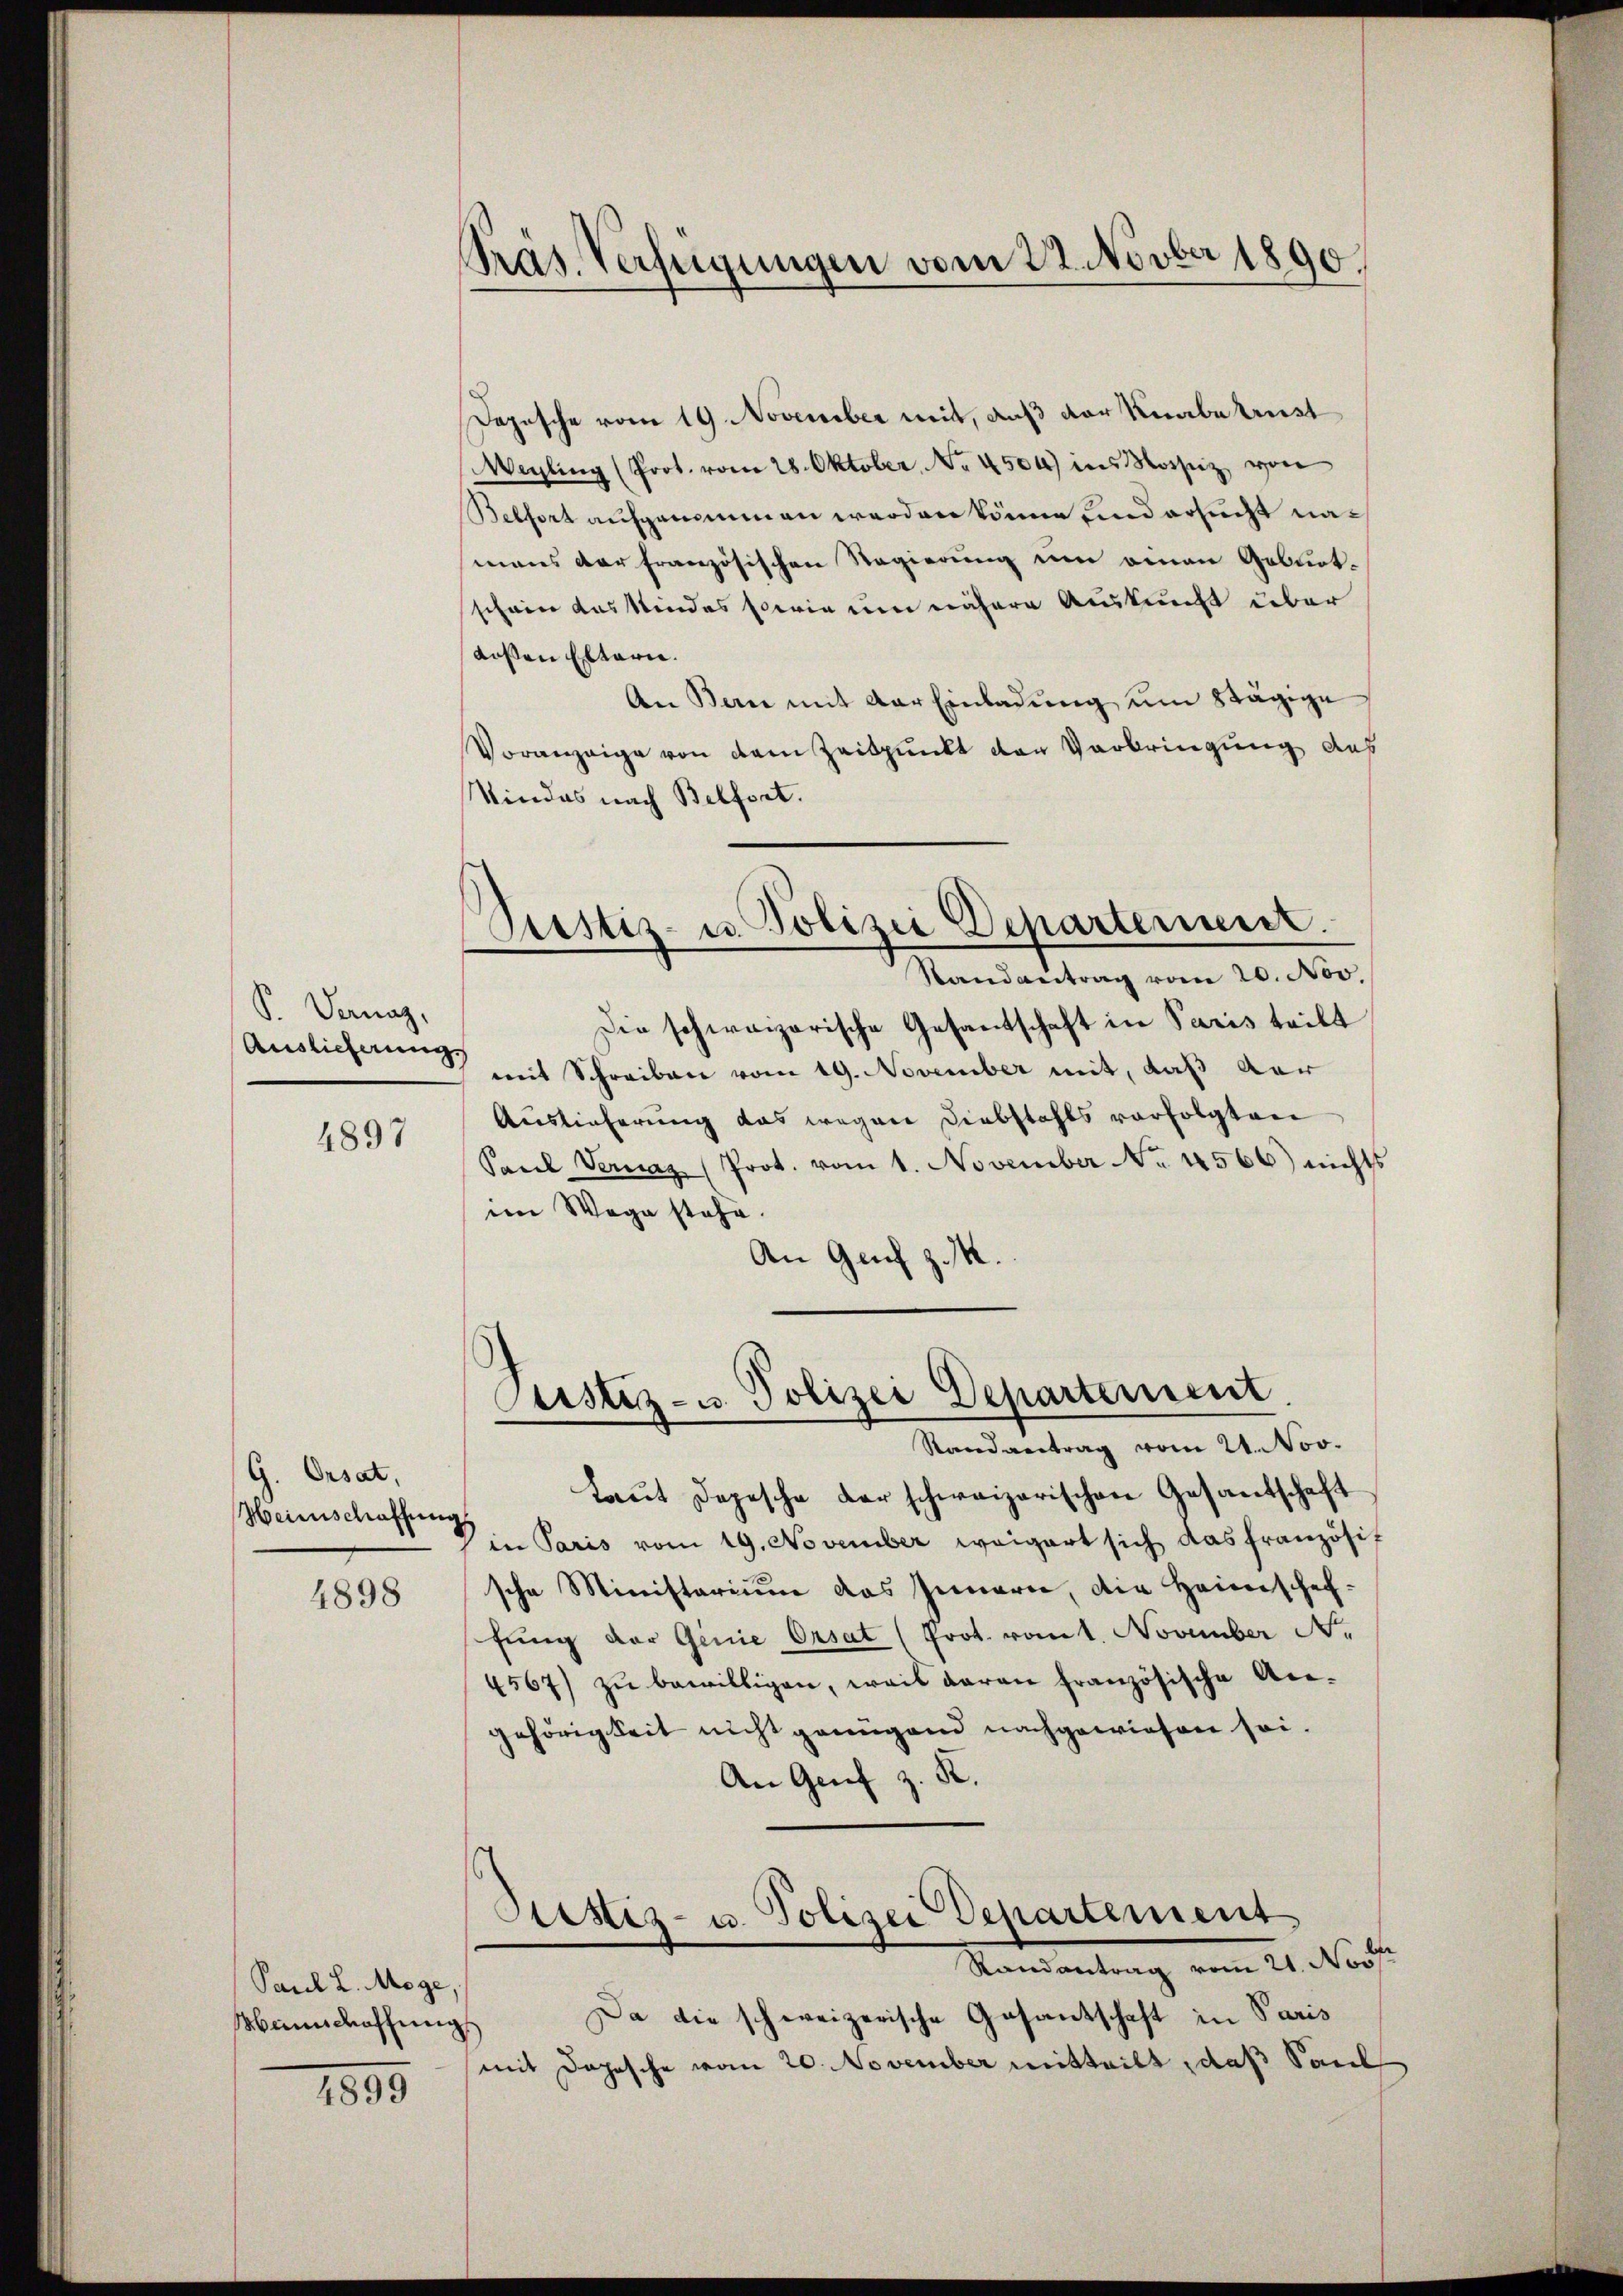
P. Danaz,
Auslicherung

4897

G. Ersat,
Heinschaffung
4898

Paul L. Möge,
Mannschaffung

4899

Präs. Verfügungen vom 22. Novber 1890.

Dopische vom 19. November mit, daß der Knabe test
Wegling (Prot. vom 28. Oktober No. 4504) ins Moisiz, von
Belfort aufgenommen werden könne, und ersucht namans der französischen Regierung um omnen Geburt-
schein das Kindes sowie um nähere Auskunft über
Kosen Elterie.
An Bern mit der Einladung um Stägige
Voranzige von dem Zeitpunkt der Verbringung aus
Kindes nach Belfort.
Austiz- u. Polizei Departerient.
Randantrag vom 20. Nov.
Die schweizerische Gesantschaft in Paris teilt
mit Schreiben vom 19. November mit, daß der
Auslieferung das wegen Diebstahls verfolgten
Paeel Vernaz (Prot. vom 1. November No. 4566) nichts
im Wege stehe.
An Genf z. M.

Justiz- u. Polizei Departement.
Stand antrag vom 24. Nov.

Laut Depesche der schweizerischen Gesandschaft
in Paris vom 19. November weigert sich das französis
sche Ministerium das Innern, die Heimschaffŭng der Genie Orsat (Prot. vom 1. November N.
4567) zŭ bewilligen, weil daran französische Are-
gehörigkeit nicht genügend nachgewiesen sei.
An Genf z. K.
Justiz- u. Polizei Departement
Stand antrag am 21. Nach
Da die schweizerische Gesantschaft in Paris
d
mit Dopesche vom 20. November mitteilt, daß Saul